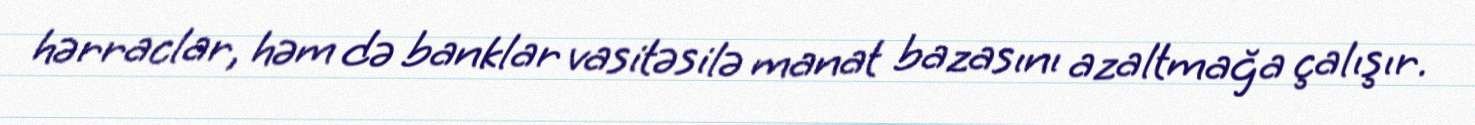
hərraclar, həm də banklar vasitəsilə manat bazasını azaltmağa çalışır.